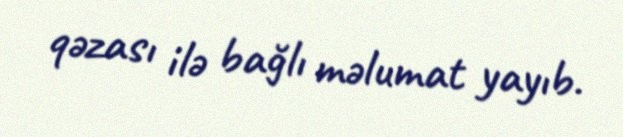
qəzası ilə bağlı məlumat yayıb.